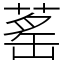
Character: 䔄